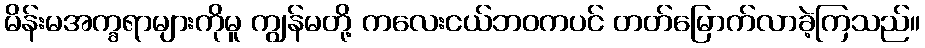
မိန်းမအက္ခရာများကိုမူ ကျွန်မတို့ ကလေးငယ်ဘဝကပင် တတ်မြောက်လာခဲ့ကြသည်။